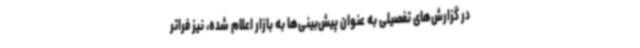
در گزارش‌های تفصیلی به عنوان پیش‌بینی‌ها به بازار اعلام شده، نیز فراتر